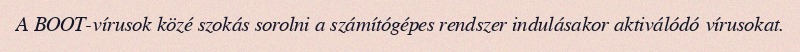
A BOOT-vírusok közé szokás sorolni a számítógépes rendszer indulásakor aktiválódó vírusokat.